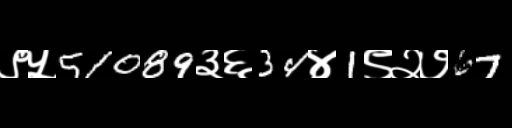
Text: ९५51089३६34४1९२७67